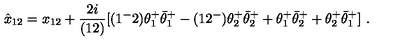
\hat { x } _ { 1 2 } = x _ { 1 2 } + { \frac { 2 i } { ( 1 2 ) } } [ ( 1 ^ { - } 2 ) \theta _ { 1 } ^ { + } \bar { \theta } _ { 1 } ^ { + } - ( 1 2 ^ { - } ) \theta _ { 2 } ^ { + } \bar { \theta } _ { 2 } ^ { + } + \theta _ { 1 } ^ { + } \bar { \theta } _ { 2 } ^ { + } + \theta _ { 2 } ^ { + } \bar { \theta } _ { 1 } ^ { + } ] \ .